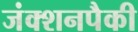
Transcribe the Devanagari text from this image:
जंक्शनपैकी